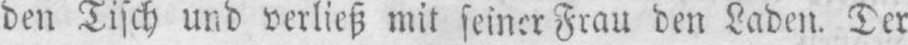
Frau den Laden. Der